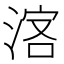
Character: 𣷅